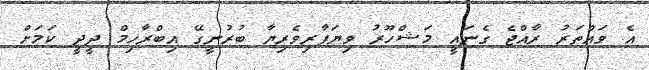
އެ ވައްތަރު ރާއްޖެ ގެނައީ މަޝްހޫރު ވިޔަފާރިވެރިޔާ ބުރުނީގޭ އިބްރާހިމް ދީދީ ކަމަށް